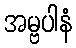
အမ္ဗပါနံ